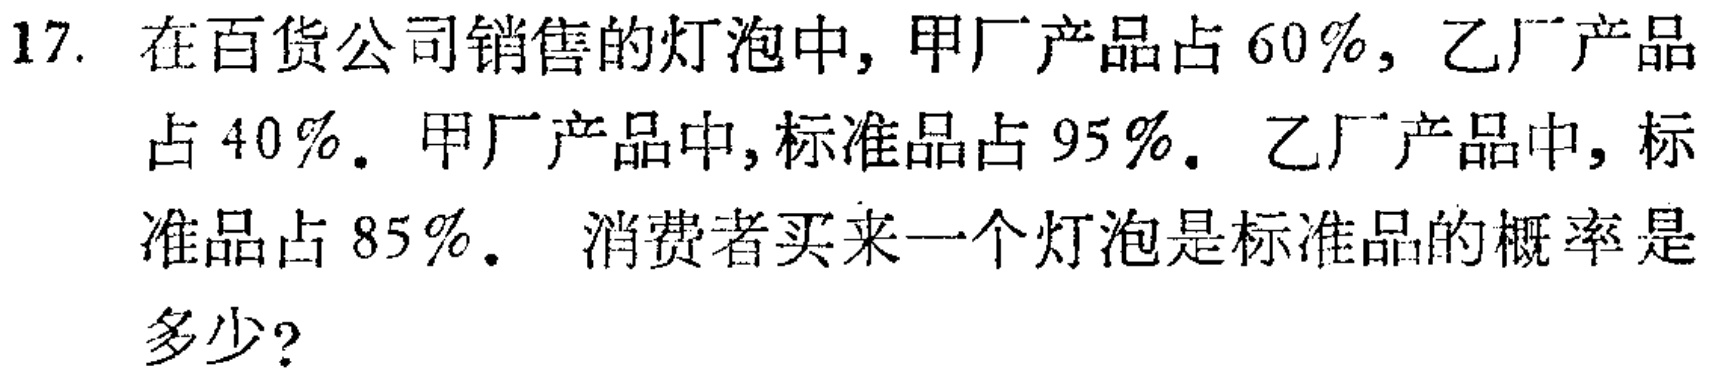
17. 在百货公司销售的灯泡中, 甲厂产品占 \(60\%\), 乙厂产品占 \(40\%\). 甲厂产品中,标准品占 \(95\%\). 乙厂产品中, 标准品占 \(85\%\).  消费者买来一个灯泡是标准品的概率是多少?